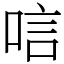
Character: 唁